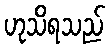
ဟုသိရသည်